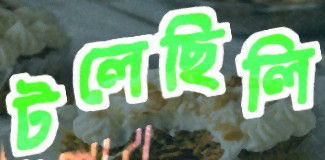
টলেছিলি